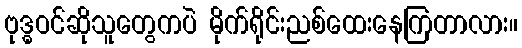
ဗုဒ္ဓဝင်ဆိုသူတွေကပဲ မိုက်ရိုင်းညစ်ထေးနေကြတာလား။